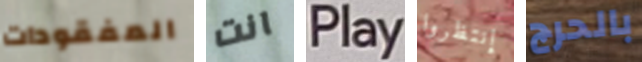
المفقودات انت Play إنتظروا بالحرج